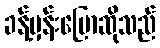
ခန့်မှန်းပြောဆိုသည်